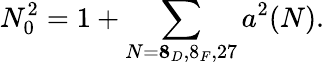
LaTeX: N_{0}^{2}=1+\sum_{N={\mathbf 8_{D},8_{F},27}}a^{2}(N).